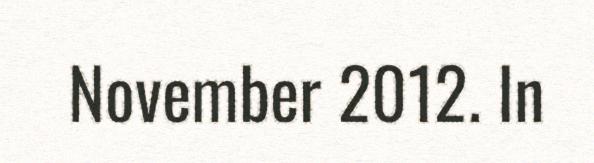
November 2012. In